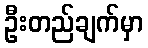
ဦးတည်ချက်မှာ